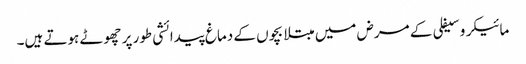
مائیکرو سیفلی کے مرض میں مبتلا بچوں کے دماغ پیدائشی طور پر چھوٹے ہوتے ہیں۔